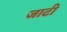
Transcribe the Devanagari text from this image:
जाटी